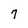
Character: 7